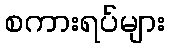
စကားရပ်များ